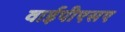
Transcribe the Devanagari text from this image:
वाईपीएसए